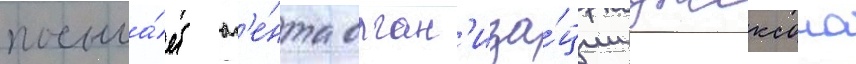
посыла́ет аг'е́нта орган'иза́ции джексона